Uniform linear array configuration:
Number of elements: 32
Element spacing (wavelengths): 0.25
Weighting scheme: blackman
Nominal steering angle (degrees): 60
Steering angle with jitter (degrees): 59.986
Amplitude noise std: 0.05
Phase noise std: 0.05

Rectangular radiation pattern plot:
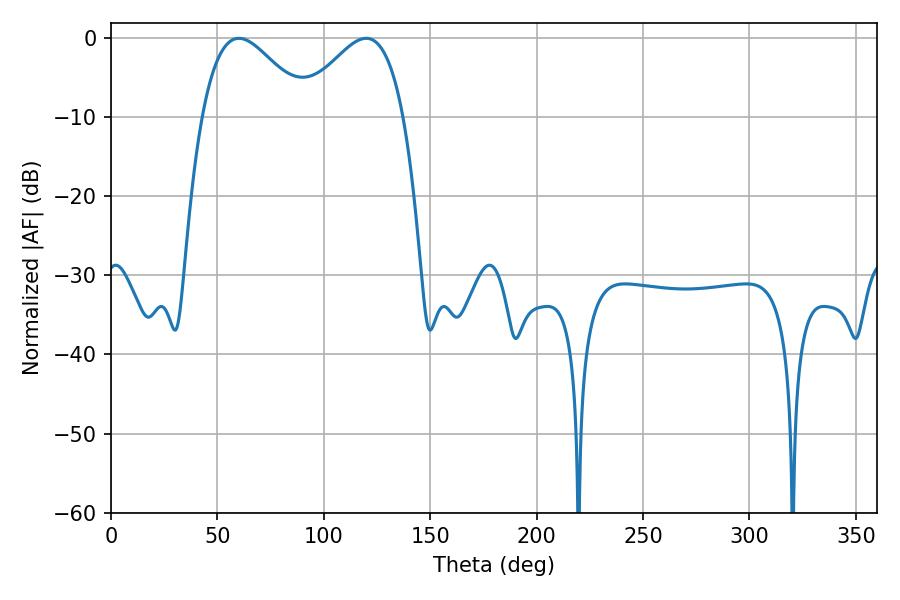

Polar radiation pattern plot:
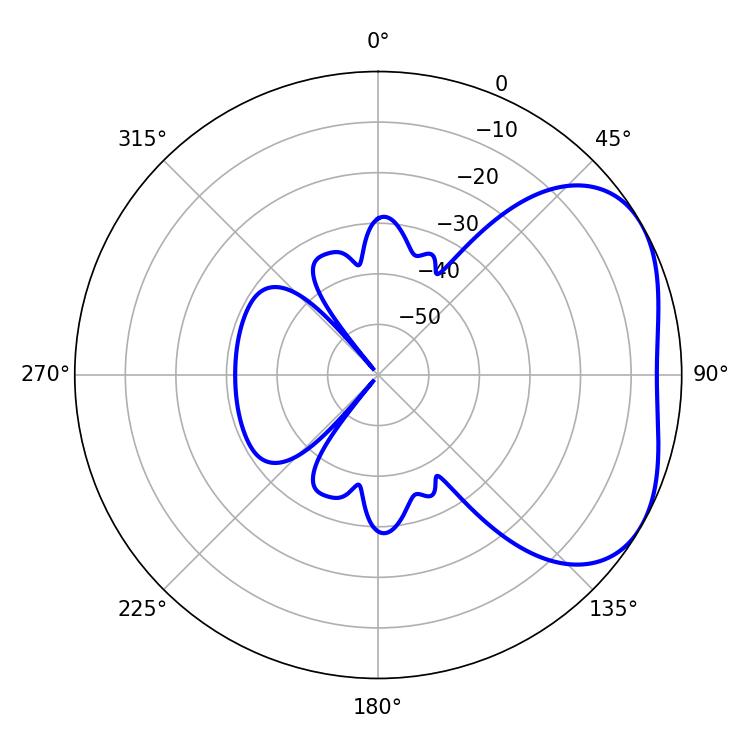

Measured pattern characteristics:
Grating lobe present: FALSE
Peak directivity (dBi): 3.541
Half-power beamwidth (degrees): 26.64
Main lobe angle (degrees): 60.12